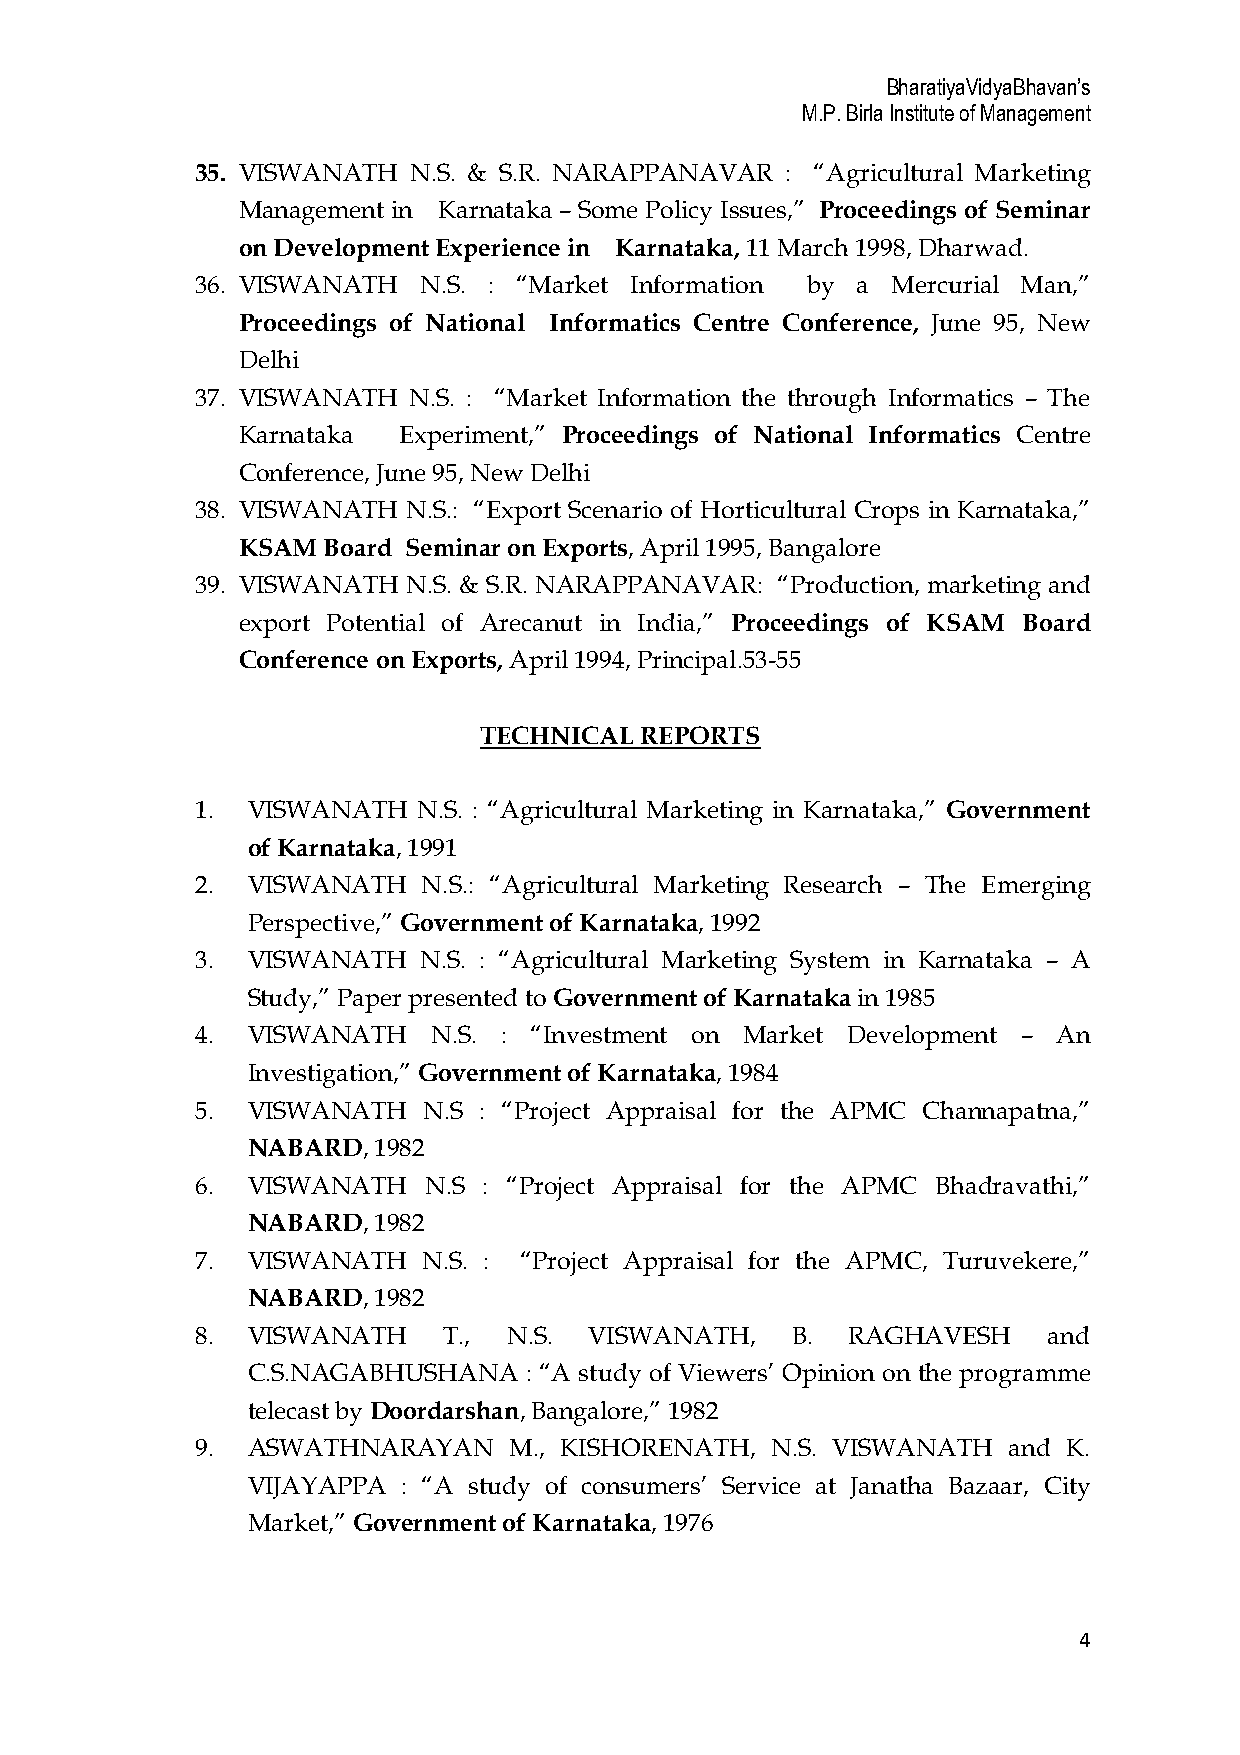
BharatiyaVidyaBhavan’s
 M.P. Birla Institute of Management
 35. VISWANATH N.S. & S.R. NARAPPANAVAR : “Agricultural Marketing
 Management in Karnataka – Some Policy Issues,” Proceedings of Seminar
 on Development Experience in Karnataka, 11 March 1998, Dharwad.
 36. VISWANATH  N.S. : “Market Information by a Mercurial Man,”
 Proceedings of National Informatics Centre Conference, June 95, New
 Delhi
 37. VISWANATH N.S. : “Market Information the through Informatics – The
 Karnataka Experiment,” Proceedings of National Informatics Centre
 Conference, June 95, New Delhi
 38. VISWANATH N.S.: “Export Scenario of Horticultural Crops in Karnataka,”
 KSAM Board Seminar on Exports, April 1995, Bangalore
 39. VISWANATH N.S. & S.R. NARAPPANAVAR: “Production, marketing and
 export Potential of Arecanut in India,” Proceedings of KSAM Board
 Conference on Exports, April 1994, Principal.53-55
 TECHNICAL REPORTS
 1. VISWANATH   N.S. : “Agricultural Marketing in Karnataka,” Government
 of Karnataka, 1991
 2. VISWANATH   N.S.: “Agricultural Marketing Research – The Emerging
 Perspective,” Government of Karnataka, 1992
 3. VISWANATH   N.S. : “Agricultural Marketing System in Karnataka – A
 Study,” Paper presented to Government of Karnataka in 1985
 4. VISWANATH    N.S. : “Investment on Market Development – An
 Investigation,” Government of Karnataka, 1984
 5. VISWANATH   N.S : “Project Appraisal for the APMC Channapatna,”
 NABARD,  1982
 6. VISWANATH   N.S : “Project Appraisal for the APMC Bhadravathi,”
 NABARD,  1982
 7. VISWANATH   N.S. : “Project Appraisal for the APMC, Turuvekere,”
 NABARD,  1982
 8. VISWANATH    T.,  N.S. VISWANATH,   B.  RAGHAVESH    and
 C.S.NAGABHUSHANA   : “A study of Viewers’ Opinion on the programme
 telecast by Doordarshan, Bangalore,” 1982
 9. ASWATHNARAYAN     M., KISHORENATH, N.S. VISWANATH  and K.
 VIJAYAPPA  : “A study of consumers’ Service at Janatha Bazaar, City
 Market,” Government of Karnataka, 1976
 4